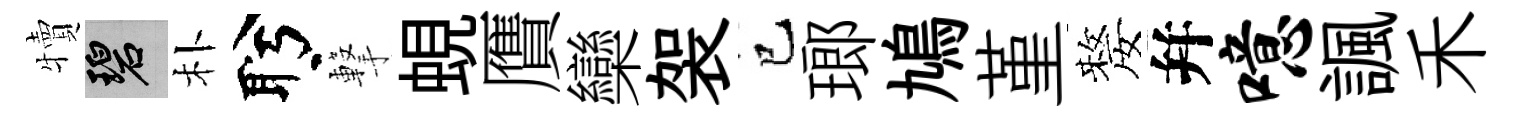
犢碧朴盻撃蜆贋欒袈巳瑯鳩堇嫠幷噫諷禾